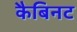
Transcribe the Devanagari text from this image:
कैबिनट